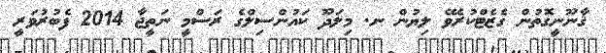
ޤާނޫނީގޮތުން ގެޒެޓްކުރެވޭ ލިޔުން ނ. މިލަދޫ ކައުންސިލްގެ ރަސްމީ ނަތީޖާ 2014 ފެބުރުވަރީ